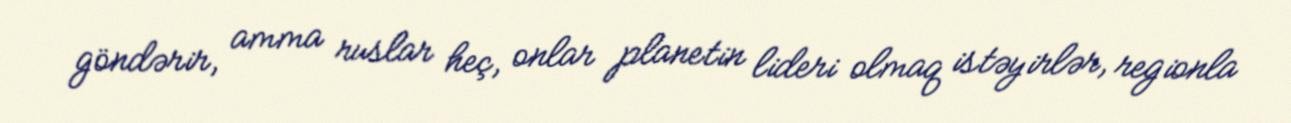
göndərir, amma ruslar heç, onlar planetin lideri olmaq istəyirlər, regionla